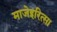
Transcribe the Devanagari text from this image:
माजेइरित्सा